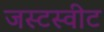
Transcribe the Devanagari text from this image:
जस्टस्वीट